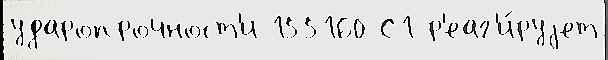
ударопрочност'и 155160 С1 р'еаг'и́руjет